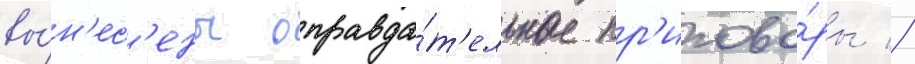
вы́н'ес'ены оправда́т'ельные пр'игово́ры //